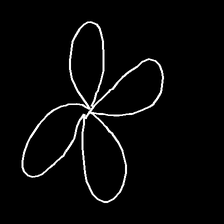
Glyph: billowing